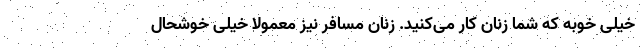
خیلی خوبه که شما زنان کار می‌کنید. زنان مسافر نیز معمولاً خیلی خوشحال